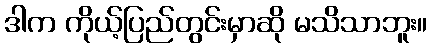
ဒါက ကိုယ့်ပြည်တွင်းမှာဆို မသိသာဘူး။